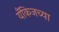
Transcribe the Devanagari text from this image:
यँकिजच्या